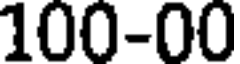
100-00